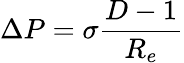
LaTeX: \Delta P=\sigma\frac{D-1}{R_{e}}